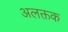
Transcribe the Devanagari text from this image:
अलक्तक